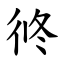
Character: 㣠